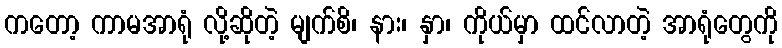
ကတော့ ကာမအာရုံ လို့ဆိုတဲ့ မျက်စိ၊ နား၊ နှာ၊ ကိုယ်မှာ ထင်လာတဲ့ အာရုံတွေကို